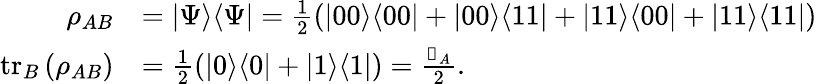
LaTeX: \begin{array}{rl}{\rho_{AB}}&{=|\Psi\rangle\langle\Psi|=\frac{1}{2}(|00\rangle\langle 00|+|00\rangle\langle 11|+|11\rangle\langle 00|+|11\rangle\langle 11|)}\\ {\operatorname{tr}_{B}\left(\rho_{AB}\right)}&{=\frac{1}{2}(|0\rangle\langle 0|+|1\rangle\langle 1|)=\frac{\mathbb{1}_{A}}{2}.}\end{array}